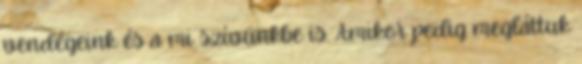
vendégeink és a mi szívünkbe is. Amikor pedig megláttuk